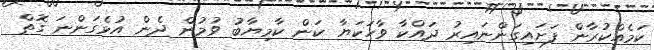
ކަމެއްކުރާން ފަށައިގަންނައިރު ދައްކާ ވާހަކަޔާ ކަން ކާމިޔާބު ވުމުން ދެން އުޅެގަންނަ ގޮތް